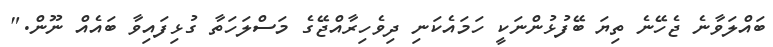
ބައްލަވާނެ ޖެހޭނެ ތިޔަ ބޭފުޅުންނަކީ ހަމައެކަނިި ދިވެހިރާއްޖޭގެ މަސްލަހަތާ ގުޅިފައިވާ ބައެއް ނޫން."